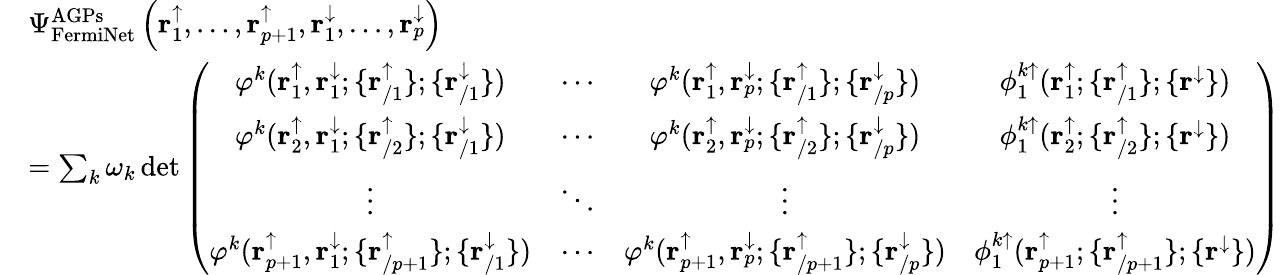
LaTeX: \begin{array}{rl}&{\Psi_{\mathrm{FermiNet}}^{\mathrm{AGPs}}\left(\mathbf{r}_{1}^{\uparrow},\dots,\mathbf{r}_{p+1}^{\uparrow},\mathbf{r}_{1}^{\downarrow},\dots,\mathbf{r}_{p}^{\downarrow}\right)}\\ &{=\sum_{k}\omega_{k}\operatorname*{det}\left(\begin{array}{cccc}{\varphi^{k}(\mathbf{r}_{1}^{\uparrow},\mathbf{r}_{1}^{\downarrow};\{ \mathbf{r}_{/1}^{\uparrow}\} ;\{ \mathbf{r}_{/1}^{\downarrow}\} )}&{\cdots}&{\varphi^{k}(\mathbf{r}_{1}^{\uparrow},\mathbf{r}_{p}^{\downarrow};\{ \mathbf{r}_{/1}^{\uparrow}\} ;\{ \mathbf{r}_{/p}^{\downarrow}\} )}&{\phi_{1}^{k\uparrow}(\mathbf{r}_{1}^{\uparrow};\{ \mathbf{r}_{/1}^{\uparrow}\} ;\{ \mathbf{r}^{\downarrow}\} )}\\ {\varphi^{k}(\mathbf{r}_{2}^{\uparrow},\mathbf{r}_{1}^{\downarrow};\{ \mathbf{r}_{/2}^{\uparrow}\} ;\{ \mathbf{r}_{/1}^{\downarrow}\} )}&{\cdots}&{\varphi^{k}(\mathbf{r}_{2}^{\uparrow},\mathbf{r}_{p}^{\downarrow};\{ \mathbf{r}_{/2}^{\uparrow}\} ;\{ \mathbf{r}_{/p}^{\downarrow}\} )}&{\phi_{1}^{k\uparrow}(\mathbf{r}_{2}^{\uparrow};\{ \mathbf{r}_{/2}^{\uparrow}\} ;\{ \mathbf{r}^{\downarrow}\} )}\\ {\vdots}&{\ddots}&{\vdots}&{\vdots}\\ {\varphi^{k}(\mathbf{r}_{p+1}^{\uparrow},\mathbf{r}_{1}^{\downarrow};\{ \mathbf{r}_{/p+1}^{\uparrow}\} ;\{ \mathbf{r}_{/1}^{\downarrow}\} )}&{\cdots}&{\varphi^{k}(\mathbf{r}_{p+1}^{\uparrow},\mathbf{r}_{p}^{\downarrow};\{ \mathbf{r}_{/p+1}^{\uparrow}\} ;\{ \mathbf{r}_{/p}^{\downarrow}\} )}&{\phi_{1}^{k\uparrow}(\mathbf{r}_{p+1}^{\uparrow};\{ \mathbf{r}_{/p+1}^{\uparrow}\} ;\{ \mathbf{r}^{\downarrow}\} )}\end{array}\right)}\end{array}